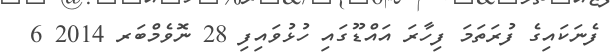
ފެނަކައިގެ ފުރަތަމަ ފިހާރަ އައްޑޫގައި ހުޅުވައިފި 28 ނޮވެމްބަރ 2014 6